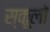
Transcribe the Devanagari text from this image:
स्कूलॉ